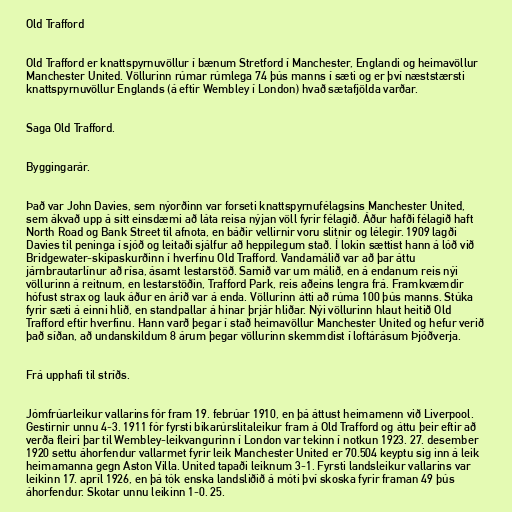
Old Trafford

Old Trafford er knattspyrnuvöllur í bænum Stretford í Manchester, Englandi og heimavöllur
Manchester United. Völlurinn rúmar rúmlega 74 þús manns í sæti og er því næststærsti
knattspyrnuvöllur Englands (á eftir Wembley í London) hvað sætafjölda varðar.

Saga Old Trafford.

Byggingarár.

Það var John Davies, sem nýorðinn var forseti knattspyrnufélagsins Manchester United,
sem ákvað upp á sitt einsdæmi að láta reisa nýjan völl fyrir félagið. Áður hafði félagið haft
North Road og Bank Street til afnota, en báðir vellirnir voru slitnir og lélegir. 1909 lagði
Davies til peninga í sjóð og leitaði sjálfur að heppilegum stað. Í lokin sættist hann á lóð við
Bridgewater-skipaskurðinn í hverfinu Old Trafford. Vandamálið var að þar áttu
járnbrautarlínur að rísa, ásamt lestarstöð. Samið var um málið, en á endanum reis nýi
völlurinn á reitnum, en lestarstöðin, Trafford Park, reis aðeins lengra frá. Framkvæmdir
hófust strax og lauk áður en árið var á enda. Völlurinn átti að rúma 100 þús manns. Stúka
fyrir sæti á einni hlið, en standpallar á hinar þrjár hliðar. Nýi völlurinn hlaut heitið Old
Trafford eftir hverfinu. Hann varð þegar í stað heimavöllur Manchester United og hefur verið
það síðan, að undanskildum 8 árum þegar völlurinn skemmdist í loftárásum Þjóðverja.

Frá upphafi til stríðs.

Jómfrúarleikur vallarins fór fram 19. febrúar 1910, en þá áttust heimamenn við Liverpool.
Gestirnir unnu 4-3. 1911 fór fyrsti bikarúrslitaleikur fram á Old Trafford og áttu þeir eftir að
verða fleiri þar til Wembley-leikvangurinn í London var tekinn í notkun 1923. 27. desember
1920 settu áhorfendur vallarmet fyrir leik Manchester United er 70.504 keyptu sig inn á leik
heimamanna gegn Aston Villa. United tapaði leiknum 3-1. Fyrsti landsleikur vallarins var
leikinn 17. apríl 1926, en þá tók enska landsliðið á móti því skoska fyrir framan 49 þús
áhorfendur. Skotar unnu leikinn 1-0. 25.